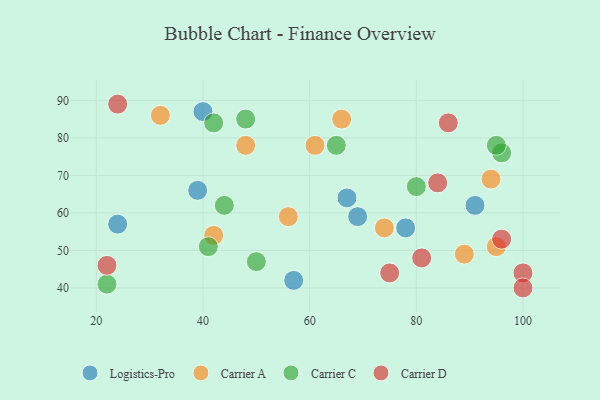
{"axis": {"x": "GDP", "y": "Life Expectancy"}, "legend": ["Carrier A", "Carrier C", "Carrier D", "Logistics-Pro"], "data": [{"x": "91", "y": 62, "type": "Logistics-Pro"}, {"x": "69", "y": 59, "type": "Logistics-Pro"}, {"x": "57", "y": 42, "type": "Logistics-Pro"}, {"x": "40", "y": 87, "type": "Logistics-Pro"}, {"x": "67", "y": 64, "type": "Logistics-Pro"}, {"x": "39", "y": 66, "type": "Logistics-Pro"}, {"x": "24", "y": 57, "type": "Logistics-Pro"}, {"x": "78", "y": 56, "type": "Logistics-Pro"}, {"x": "89", "y": 49, "type": "Carrier A"}, {"x": "61", "y": 78, "type": "Carrier A"}, {"x": "74", "y": 56, "type": "Carrier A"}, {"x": "42", "y": 54, "type": "Carrier A"}, {"x": "95", "y": 51, "type": "Carrier A"}, {"x": "66", "y": 85, "type": "Carrier A"}, {"x": "56", "y": 59, "type": "Carrier A"}, {"x": "32", "y": 86, "type": "Carrier A"}, {"x": "94", "y": 69, "type": "Carrier A"}, {"x": "48", "y": 78, "type": "Carrier A"}, {"x": "96", "y": 76, "type": "Carrier C"}, {"x": "22", "y": 41, "type": "Carrier C"}, {"x": "41", "y": 51, "type": "Carrier C"}, {"x": "50", "y": 47, "type": "Carrier C"}, {"x": "80", "y": 67, "type": "Carrier C"}, {"x": "65", "y": 78, "type": "Carrier C"}, {"x": "95", "y": 78, "type": "Carrier C"}, {"x": "42", "y": 84, "type": "Carrier C"}, {"x": "44", "y": 62, "type": "Carrier C"}, {"x": "48", "y": 85, "type": "Carrier C"}, {"x": "24", "y": 89, "type": "Carrier D"}, {"x": "100", "y": 44, "type": "Carrier D"}, {"x": "75", "y": 44, "type": "Carrier D"}, {"x": "84", "y": 68, "type": "Carrier D"}, {"x": "22", "y": 46, "type": "Carrier D"}, {"x": "86", "y": 84, "type": "Carrier D"}, {"x": "81", "y": 48, "type": "Carrier D"}, {"x": "96", "y": 53, "type": "Carrier D"}, {"x": "100", "y": 40, "type": "Carrier D"}]}